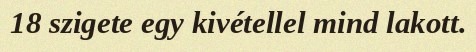
18 szigete egy kivétellel mind lakott.